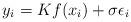
LaTeX: \begin{align*}y_i = Kf(x_i) + \sigma \epsilon_i \end{align*}